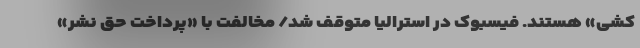
کشی» هستند. فیسبوک در استرالیا متوقف شد/ مخالفت با «پرداخت حق نشر»